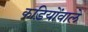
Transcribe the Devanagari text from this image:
कड़ियोंवाले